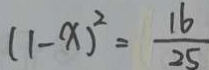
( 1 - x ) ^ { 2 } = \frac { 1 6 } { 2 5 }